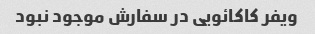
ویفر کاکائویی در سفارش موجود نبود